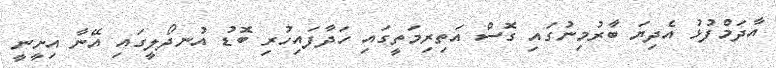
އާދަމްފުޅު އެދިޔަ ބާރުމިނުގައި ގޮސް އަތިރިމަތީގައި ހަދާފައިހުރި ބޮޑު އުނދޯލީގައި އޭނާ އިށީނީ